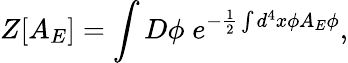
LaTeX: Z[A_{E}]=\int D\phi\; e^{-\frac{1}{2}\int d^{4}x\phi A_{E}\phi},